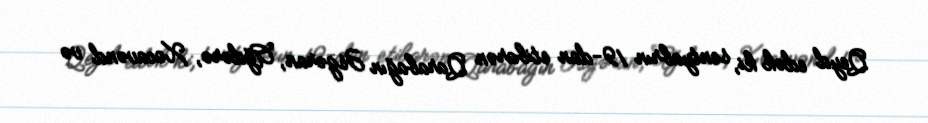
Qeyd edək ki, sentyabrın 19-dan etibarən Qarabağın Əsgəran, Ağdərə, Xocavənd və